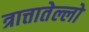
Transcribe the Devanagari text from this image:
त्रात्तातेल्लो